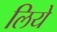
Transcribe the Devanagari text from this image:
लियेे